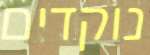
נוקדים